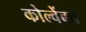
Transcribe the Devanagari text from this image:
कोल्वेंबच